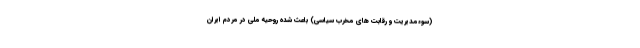
(سوءمدیریت و رقابت های مخرب سیاسی) باعث شده روحیه ملی در مردم ایران